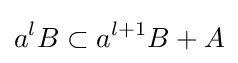
a^{l}B\subset a^{l+1}B+A